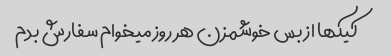
کیکها از بس خوشمزن هر روز میخوام سفارش بدم